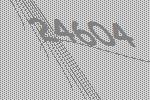
24604